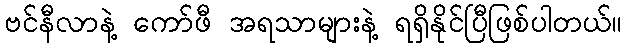
ဗင်နီလာနဲ့ ကော်ဖီ အရသာများနဲ့ ရရှိနိုင်ပြီဖြစ်ပါတယ်။